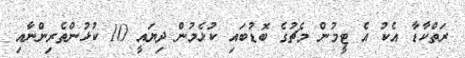
ރަތްކާޑާ އެކު އެ ޓީމުން މެޗުގެ ބޮޑުބައި ކުޅެމުން ދިޔައީ 10 ކުޅުންތެރިންނާއި